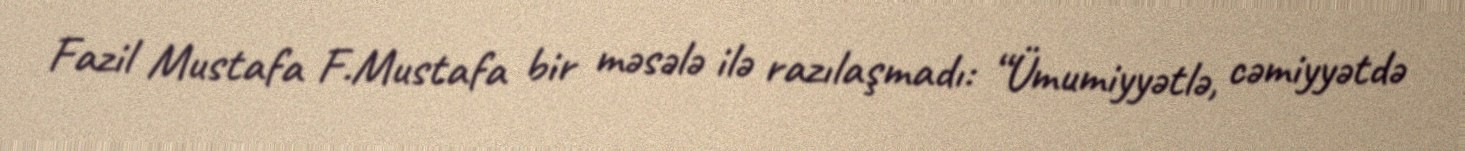
Fazil Mustafa F.Mustafa bir məsələ ilə razılaşmadı: “Ümumiyyətlə, cəmiyyətdə